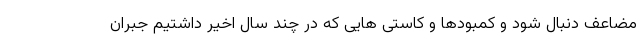
مضاعف دنبال شود و کمبودها و کاستی هایی که در چند سال اخیر داشتیم جبران